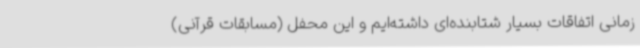
زمانی اتفاقات بسیار شتابنده‌ای داشته‌ایم و این محفل (مسابقات قرآنی)